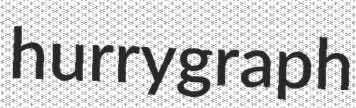
hurrygraph